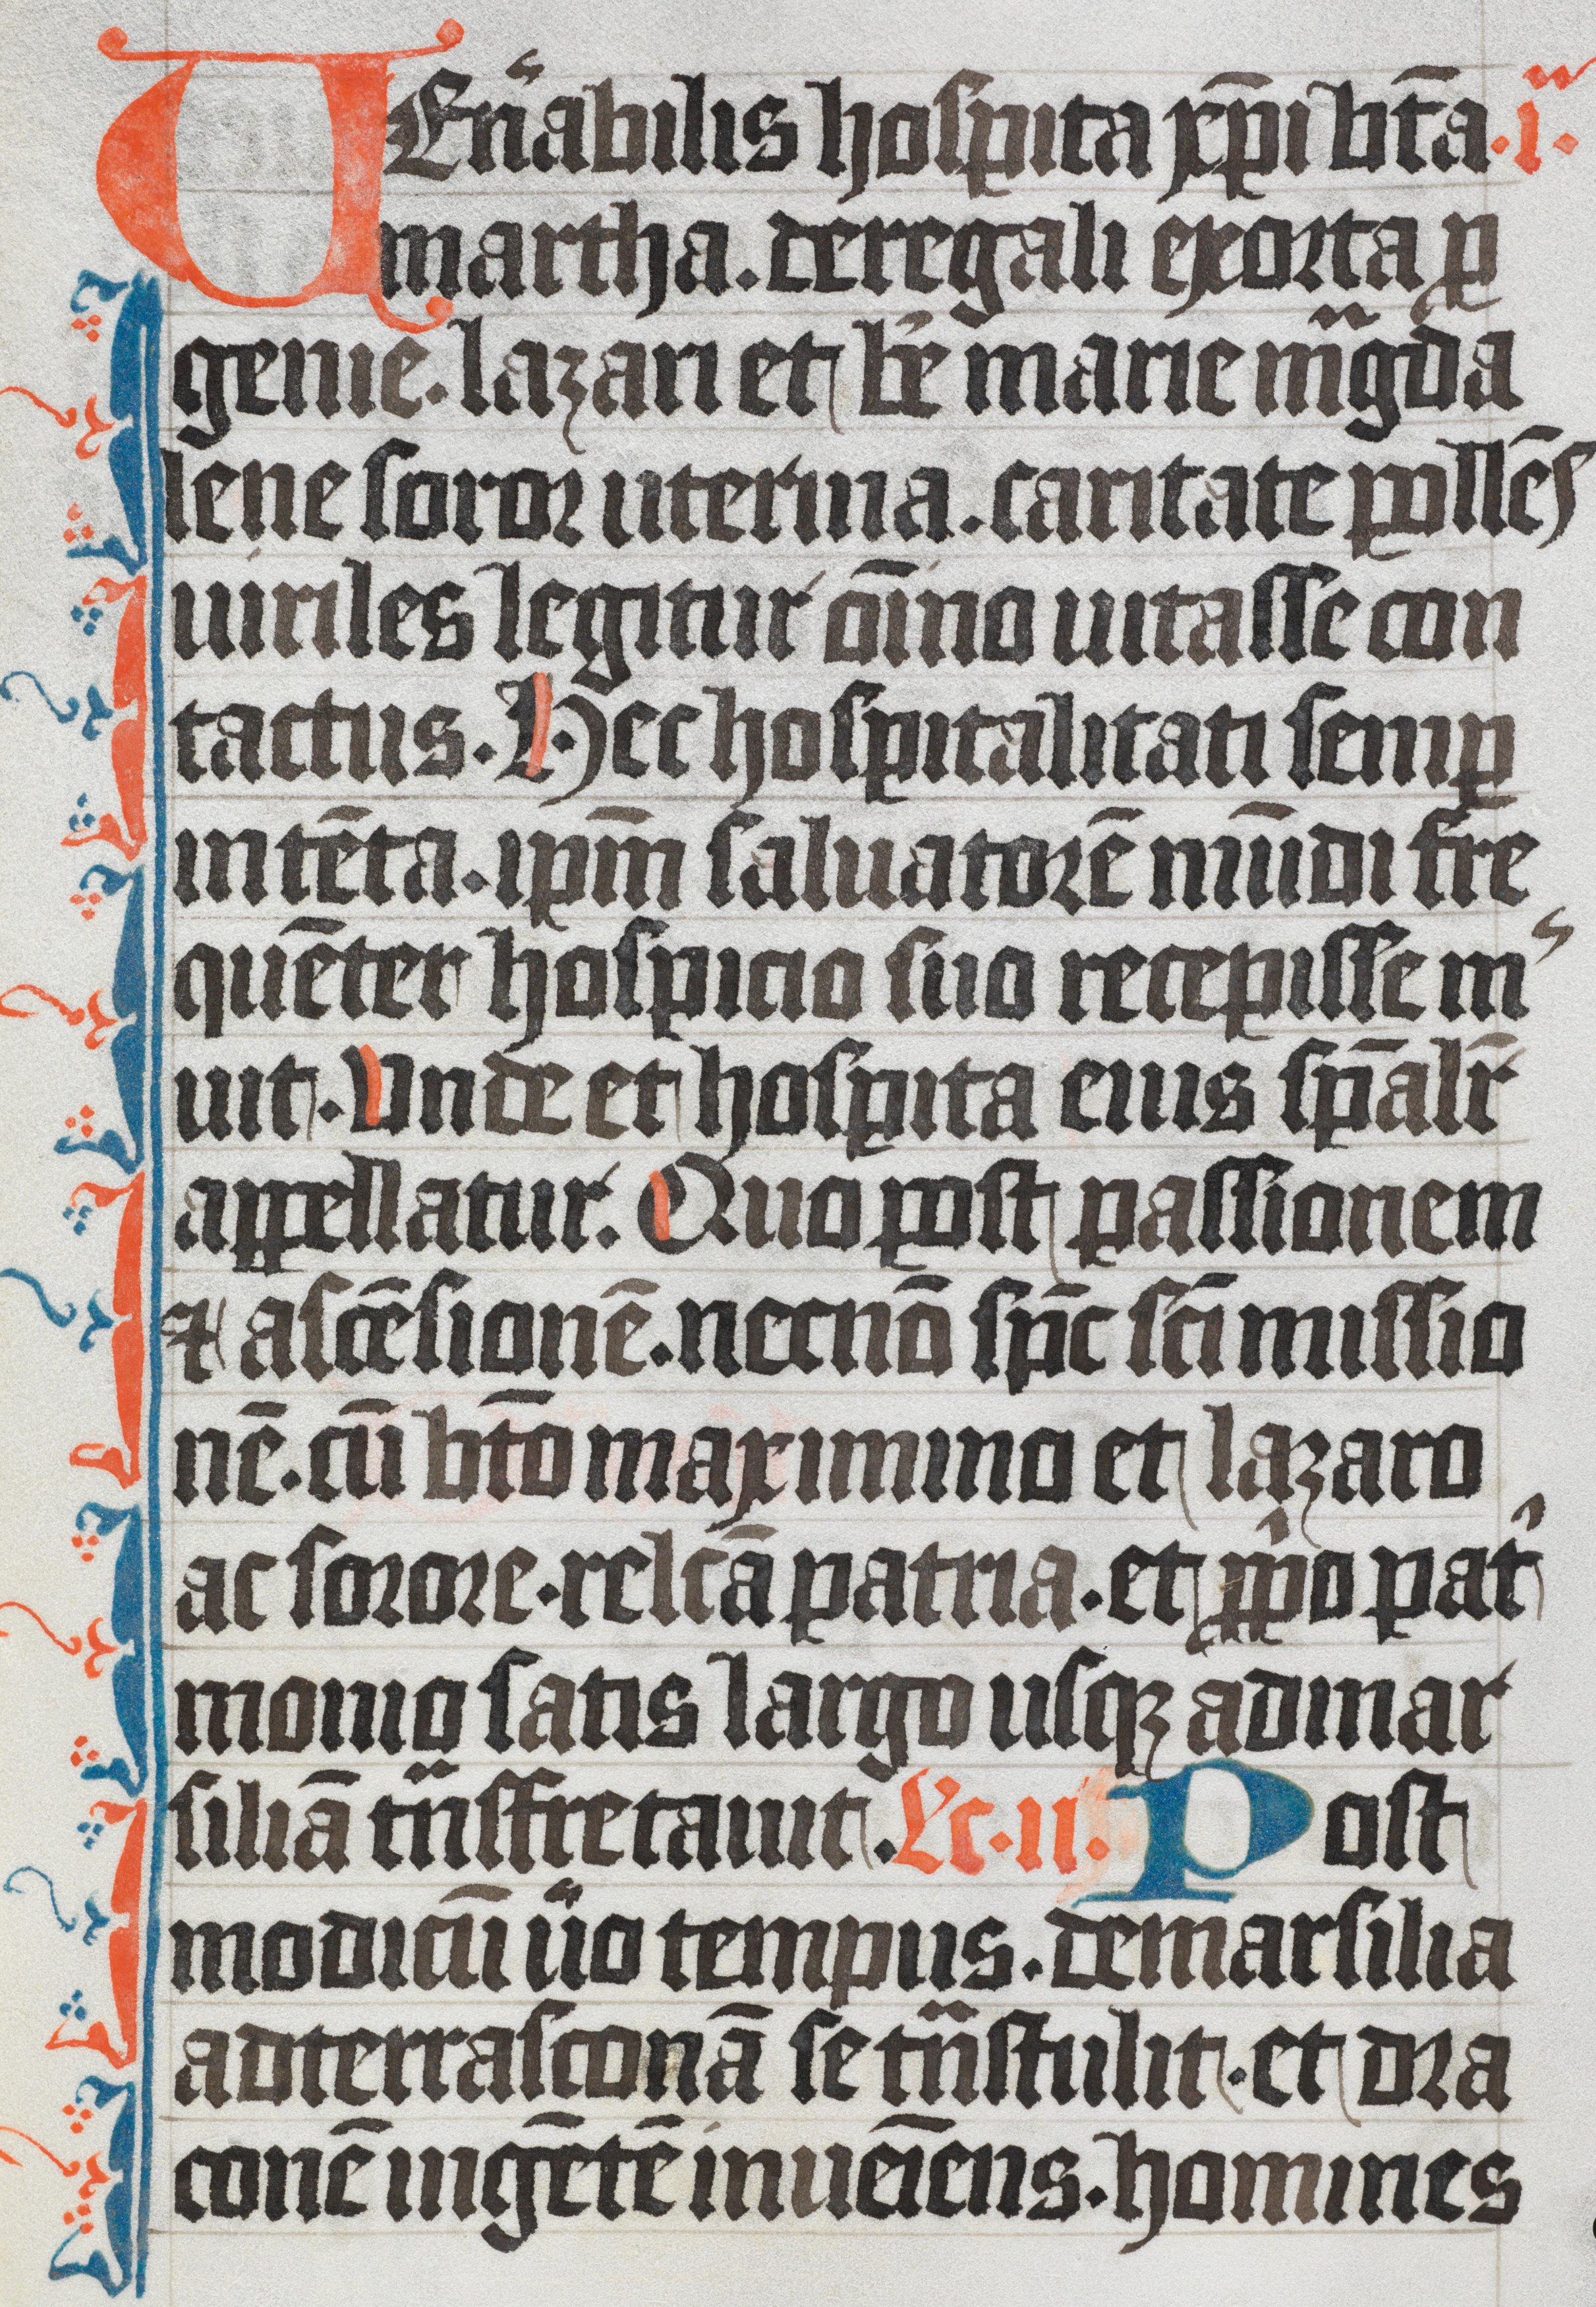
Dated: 1350–1399